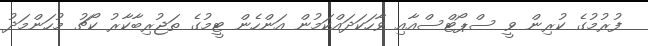
ފުރުމުގެ ކުރިން ވީ ސްޕޯޓްސްއާއި ވާހަކަދައްކަމުން އަންހެން ޓީމުގެ ތަޖުރިބާކާރު ކޯޗު މުހަންމަދު